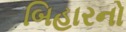
બિહારનો